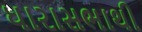
ધારાસભાથી